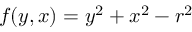
f ( y , x ) = y ^ { 2 } + x ^ { 2 } - r ^ { 2 }